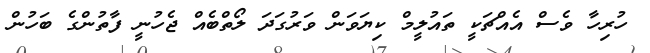
ހުރިހާ ވެސް އެއްޗަކީ ތައުލީމް ކިޔަވަން ވަރުގަދަ ލޯތްބެއް ޖެހުނީ ފާތުންގެ ބަހުން